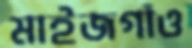
মাইজগাঁও